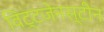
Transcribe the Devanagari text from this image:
विट्टजेनस्टीन